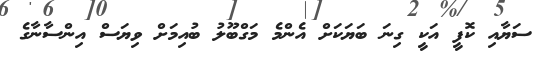
ސަޔާއި ކޮފީ އަކީ ގިނަ ބަޔަކަށް އެންމެ މަގްބޫލު ބުއިމަށް ވިޔަސް އިންސާނާގެ